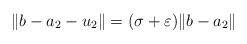
LaTeX: \begin{align*}\|b-a_2-u_2\|=(\sigma+\varepsilon)\|b-a_2\|\end{align*}